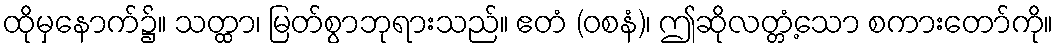
ထိုမှနောက်၌။ သတ္ထာ၊ မြတ်စွာဘုရားသည်။ ဧတံ (ဝစနံ)၊ ဤဆိုလတ္တံ့သော စကားတော်ကို။